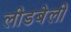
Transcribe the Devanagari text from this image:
लीडबेली